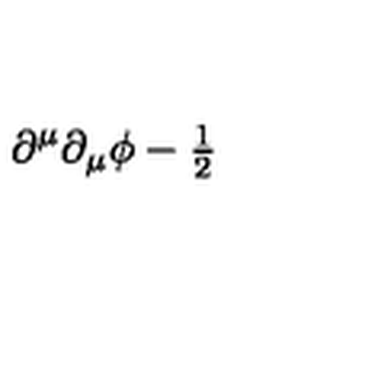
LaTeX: \partial ^ { \mu } \partial _ { \mu } \phi - { \textstyle \frac 1 2 }